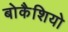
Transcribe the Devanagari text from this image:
बोकैशियो